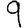
Digit: 9